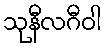
သုနီလဂီဝါ